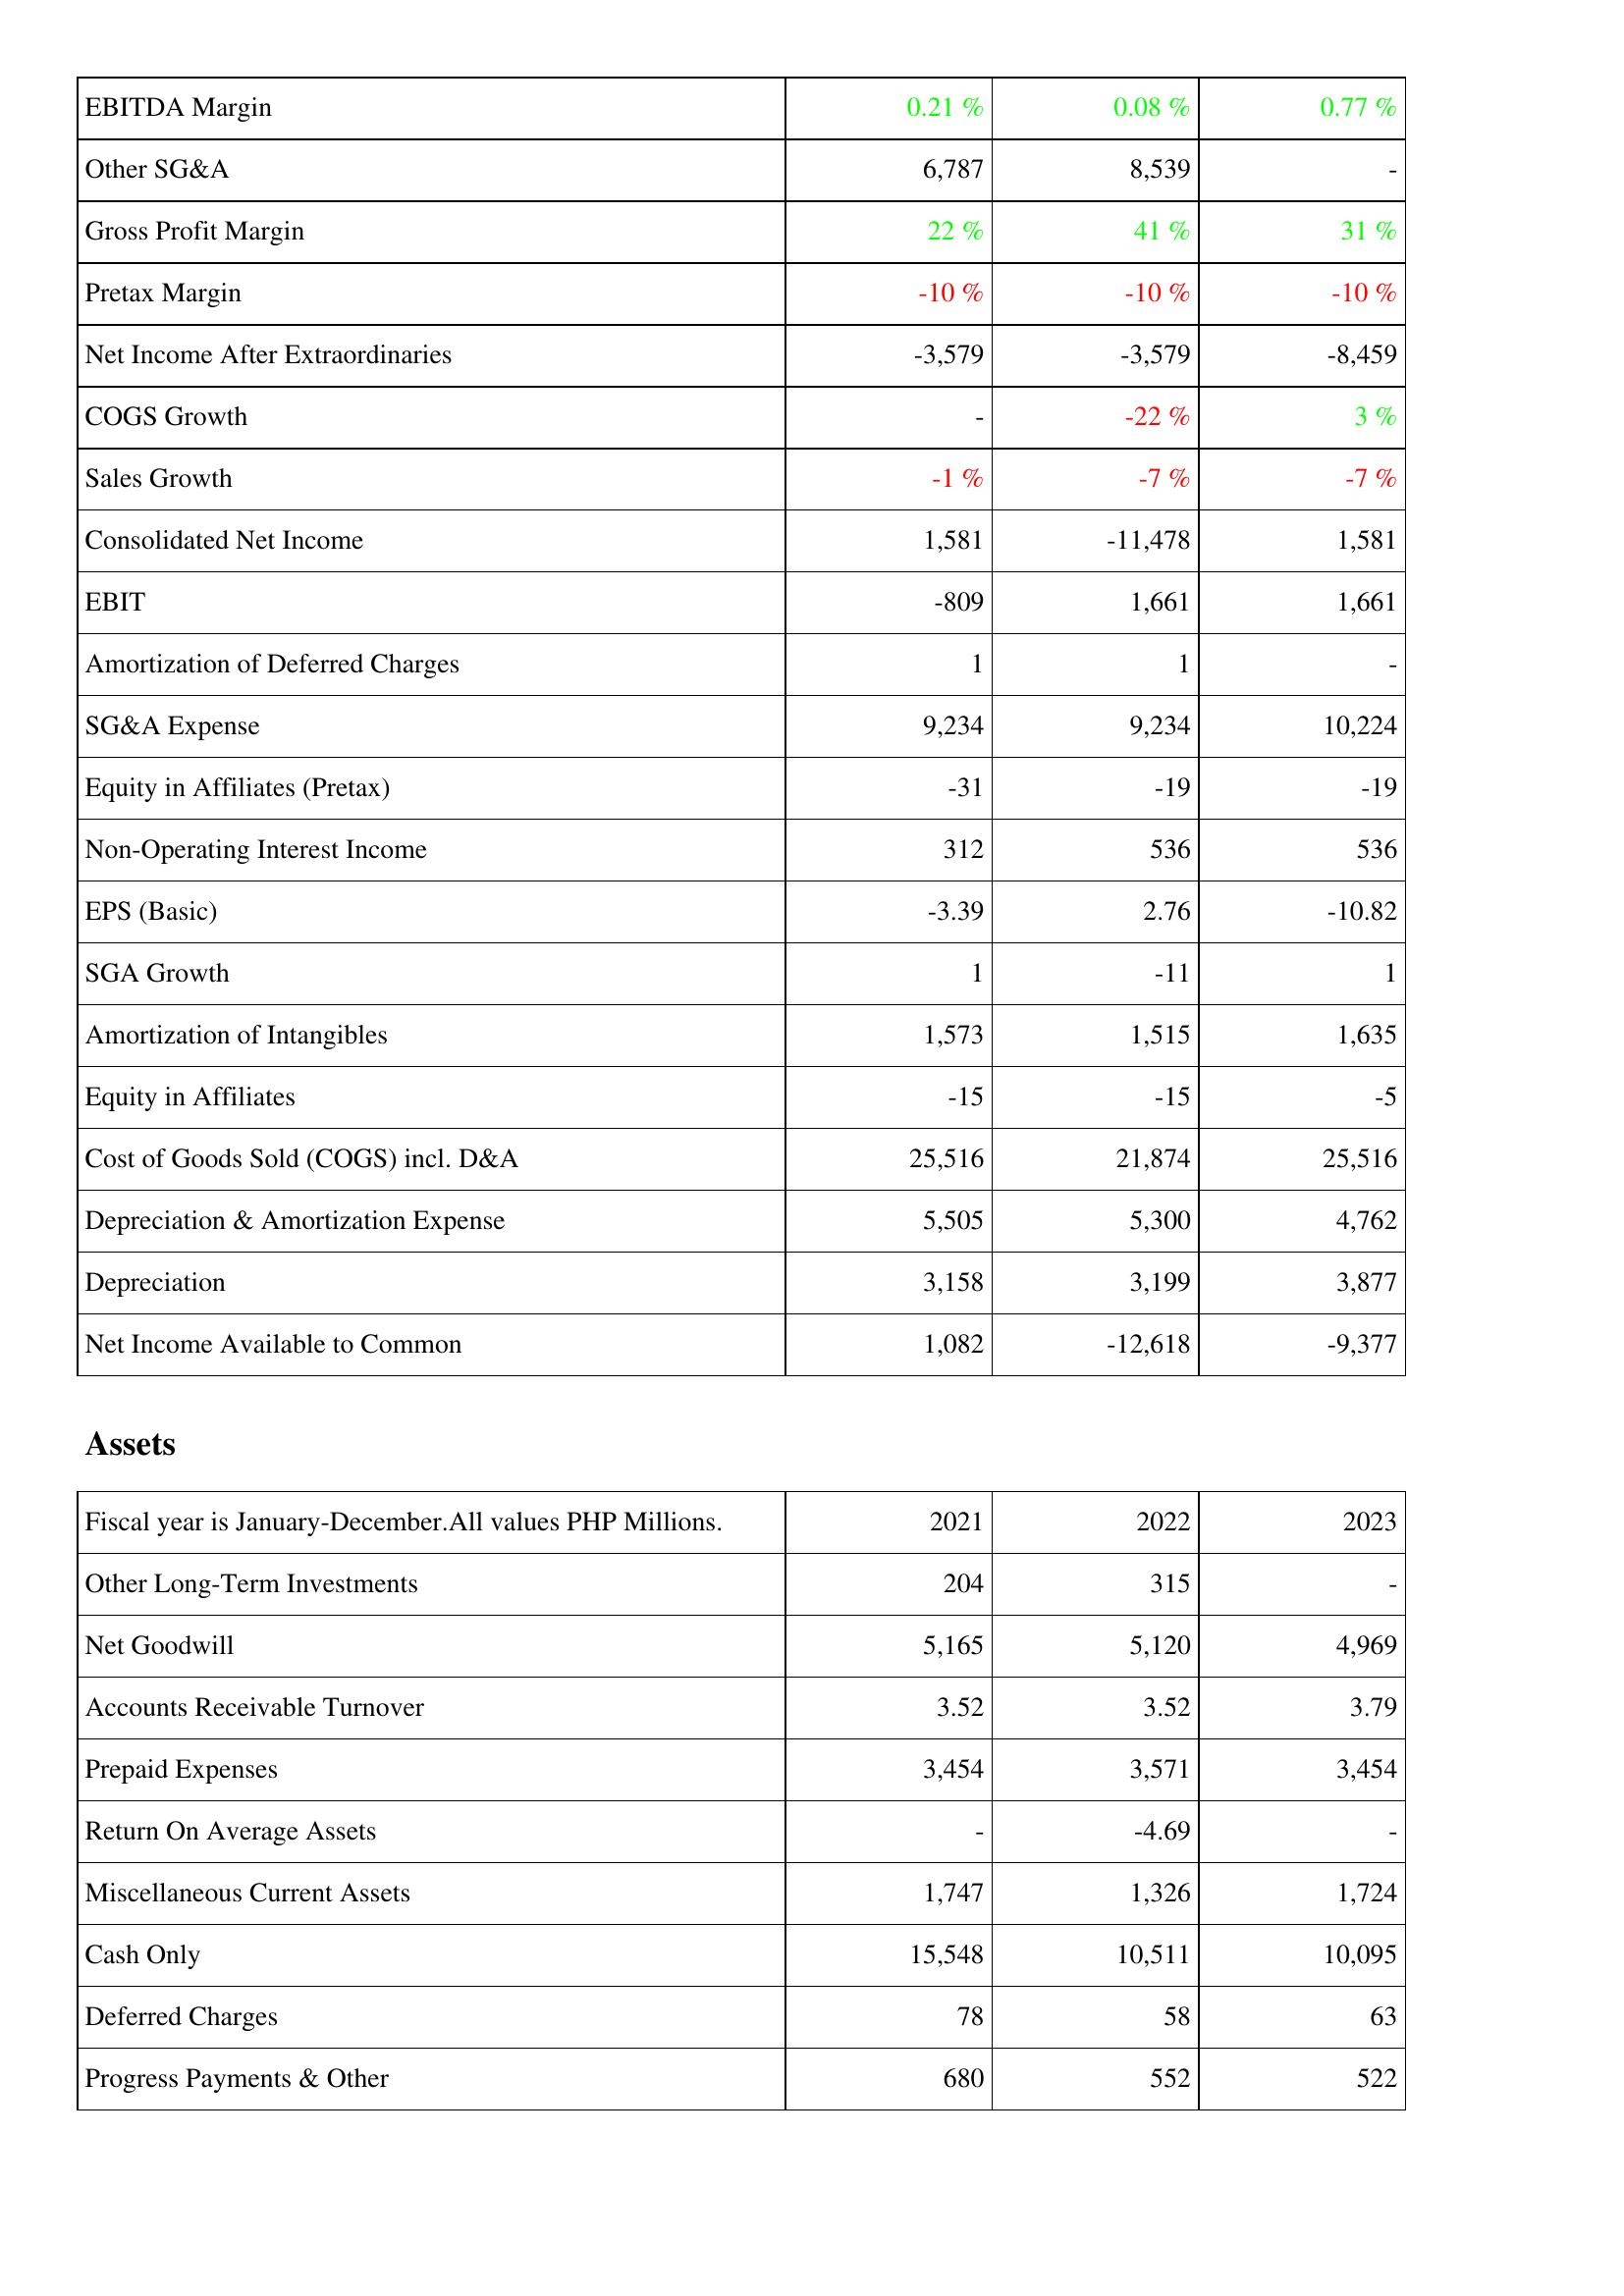
2021: Income Statement: EBITDA Margin: 0.21 %
Other SG&A: 6,787
Gross Profit Margin: 22 %
Pretax Margin: -10 %
Net Income After Extraordinaries: -3,579
COGS Growth: -
Sales Growth: -1 %
Consolidated Net Income: 1,581
EBIT: -809
Amortization of Deferred Charges: 1
SG&A Expense: 9,234
Equity in Affiliates (Pretax): -31
Non-Operating Interest Income: 312
EPS (Basic): -3.39
SGA Growth: 1
Amortization of Intangibles: 1,573
Equity in Affiliates: -15
Cost of Goods Sold (COGS) incl. D&A: 25,516
Depreciation & Amortization Expense: 5,505
Depreciation: 3,158
Net Income Available to Common: 1,082
Assets: Other Long-Term Investments: 204
Net Goodwill: 5,165
Accounts Receivable Turnover: 3.52
Prepaid Expenses: 3,454
Return On Average Assets: -
Miscellaneous Current Assets: 1,747
Cash Only: 15,548
Deferred Charges: 78
Progress Payments & Other: 680
2022: Income Statement: EBITDA Margin: 0.08 %
Other SG&A: 8,539
Gross Profit Margin: 41 %
Pretax Margin: -10 %
Net Income After Extraordinaries: -3,579
COGS Growth: -22 %
Sales Growth: -7 %
Consolidated Net Income: -11,478
EBIT: 1,661
Amortization of Deferred Charges: 1
SG&A Expense: 9,234
Equity in Affiliates (Pretax): -19
Non-Operating Interest Income: 536
EPS (Basic): 2.76
SGA Growth: -11
Amortization of Intangibles: 1,515
Equity in Affiliates: -15
Cost of Goods Sold (COGS) incl. D&A: 21,874
Depreciation & Amortization Expense: 5,300
Depreciation: 3,199
Net Income Available to Common: -12,618
Assets: Other Long-Term Investments: 315
Net Goodwill: 5,120
Accounts Receivable Turnover: 3.52
Prepaid Expenses: 3,571
Return On Average Assets: -4.69
Miscellaneous Current Assets: 1,326
Cash Only: 10,511
Deferred Charges: 58
Progress Payments & Other: 552
2023: Income Statement: EBITDA Margin: 0.77 %
Other SG&A: -
Gross Profit Margin: 31 %
Pretax Margin: -10 %
Net Income After Extraordinaries: -8,459
COGS Growth: 3 %
Sales Growth: -7 %
Consolidated Net Income: 1,581
EBIT: 1,661
Amortization of Deferred Charges: -
SG&A Expense: 10,224
Equity in Affiliates (Pretax): -19
Non-Operating Interest Income: 536
EPS (Basic): -10.82
SGA Growth: 1
Amortization of Intangibles: 1,635
Equity in Affiliates: -5
Cost of Goods Sold (COGS) incl. D&A: 25,516
Depreciation & Amortization Expense: 4,762
Depreciation: 3,877
Net Income Available to Common: -9,377
Assets: Other Long-Term Investments: -
Net Goodwill: 4,969
Accounts Receivable Turnover: 3.79
Prepaid Expenses: 3,454
Return On Average Assets: -
Miscellaneous Current Assets: 1,724
Cash Only: 10,095
Deferred Charges: 63
Progress Payments & Other: 522